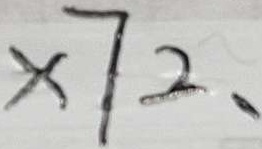
x 7 2 ,